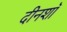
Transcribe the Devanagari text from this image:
दीनशॉ